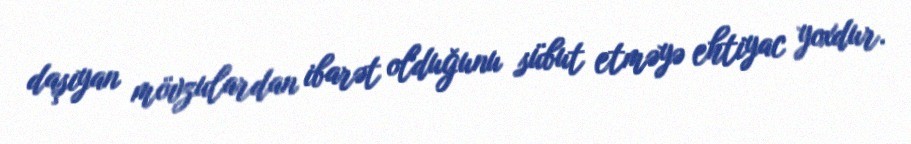
daşıyan mövzulardan ibarət olduğunu sübut etməyə ehtiyac yoxdur.